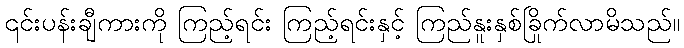
၎င်းပန်းချီကားကို ကြည့်ရင်း ကြည့်ရင်းနှင့် ကြည်နူးနှစ်ခြိုက်လာမိသည်။